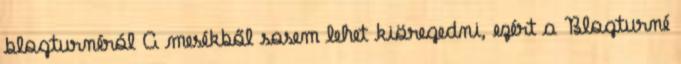
blogturnéról A mesékből sosem lehet kiöregedni, ezért a Blogturné